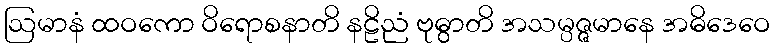
ဩမာနံ ထဝကော ဝိရောစနာတိ နဠိညံ ဗုဓွာတိ အသမ္ပဇ္ဇမာနေ အဓိဒေဝေ